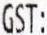
GST: